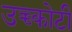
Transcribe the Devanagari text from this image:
उच्च्कोटी